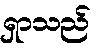
ရှာသည်